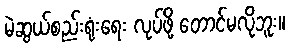
မဲဆွယ်စည်းရုံးရေး လုပ်ဖို့ တောင်မလိုဘူး။